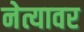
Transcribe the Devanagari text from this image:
नेत्यावर